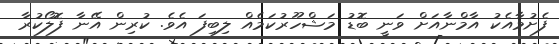
ފެށުމާއެކު އާމްނާއަށް ވަނީ ބޮޑު މަޝްހޫރުކަމެއް ލިބިފަ އެވެ. ކުރިން އޭނާ ފޮލޯކުރާ